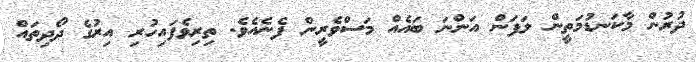
ދުރުން މާކަނޑުމަތީން ލަފަން އަންނަ ބައެއް މަސްވެރީން ފެނެއެވެ. ތިރިވެފައިހުރި އިރުގެ ދޯދިތައް